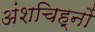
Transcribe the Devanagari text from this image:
अंशचिह्नों